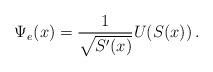
LaTeX: \begin{align*}\Psi_e(x) = \frac{1}{\sqrt{S'(x)}} U(S(x))\,.\end{align*}